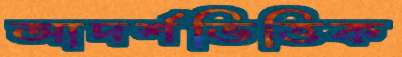
আদর্শভিত্তিক